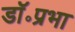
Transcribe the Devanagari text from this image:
डॉ॰प्रभा